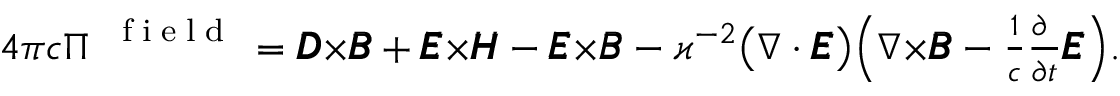
\textstyle 4 \pi c \boldsymbol { \Pi } ^ { \mathrm { ~ \tiny ~ { ~ f ~ i ~ e ~ l ~ d ~ } ~ } } = \pmb { { \cal D } } { \boldsymbol \times } \pmb { { \cal B } } + \pmb { { \cal E } } { \boldsymbol \times } \pmb { { \cal H } } - \pmb { { \cal E } } { \boldsymbol \times } \pmb { { \cal B } } - \varkappa ^ { - 2 } \big ( \nabla \cdot \pmb { { \cal E } } \big ) \Big ( \nabla { \boldsymbol \times } \pmb { { \cal B } } - \frac { 1 } { c } \frac { \partial \phantom { t } } { \partial t } \pmb { { \cal E } } \Big ) .